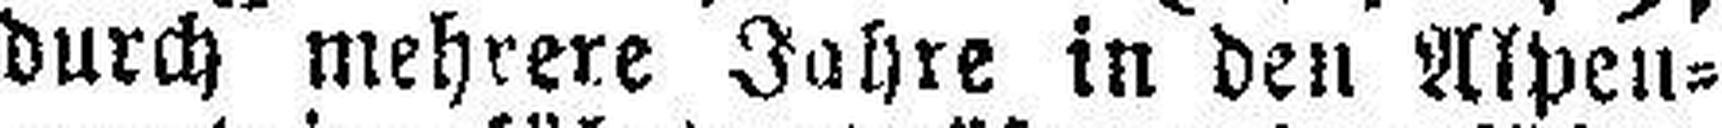
durch mehrere Jahre in den Alpen¬